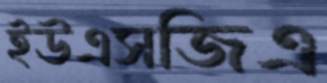
ইউএসজিএ